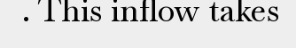
. This inflow takes